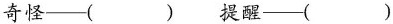
奇怪—( ) 提醒—( )